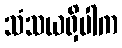
သံသယရှိပါက